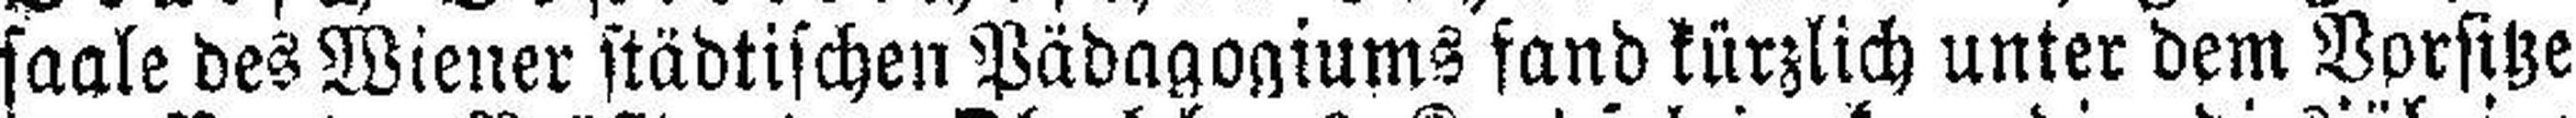
saals des Wiener städtischen Pädagogiums fand kürzlich unter dem Vorsitze